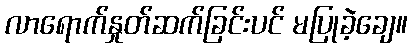
လာရောက်နှုတ်ဆက်ခြင်းပင် မပြုခဲ့ချေ။